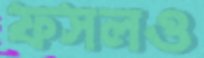
ফসলও